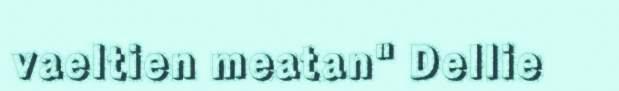
vaeltien meatan" Dellie